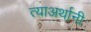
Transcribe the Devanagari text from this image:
त्याअर्थानी